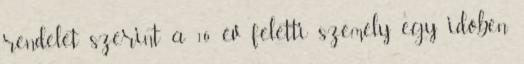
rendelet szerint a 16 év feletti személy egy időben